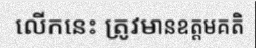
លើកនេះ ត្រូវមានឧត្តមគតិ